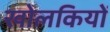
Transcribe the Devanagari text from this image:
खोलकियों